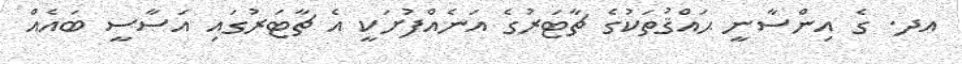
އދ. ގެ އިންސާނީ ޙައްޤުތަކުގެ ޗާޓަރުގެ އަނެއްފުށަކީ އެ ޗާޓަރުގައި އަސާސީ ބައެއް